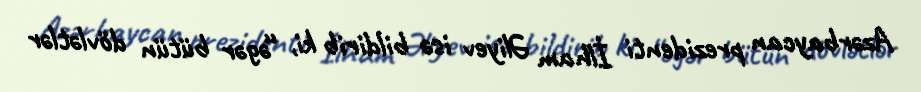
Azərbaycan prezidenti İlham Əliyev isə bildirib ki, “əgər bütün dövlətlər